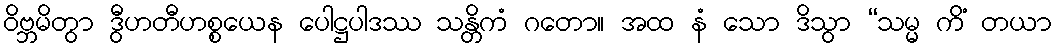
ဝိဗ္ဘမိတွာ ဒွီဟတီဟစ္စယေန ပေါဋ္ဌပါဒဿ သန္တိကံ ဂတော။ အထ နံ သော ဒိသွာ “သမ္မ ကိံ တယာ